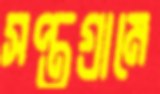
সপ্তগ্রামে